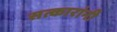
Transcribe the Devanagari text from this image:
सत्कारांनी